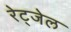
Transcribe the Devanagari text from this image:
रेट्जेल